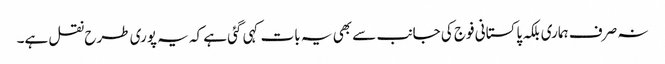
نہ صرف ہماری بلکہ پاکستانی فوج کی جانب سے بھی یہ بات کہی گئی ہے کہ یہ پوری طرح نقل ہے۔